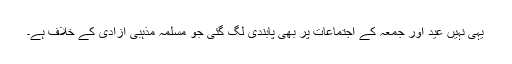
یہی نہیں عید اور جمعہ کے اجتماعات پر بھی پابندی لگ گئی جو مسلمہ مذہبی آزادی کے خلاف ہے۔